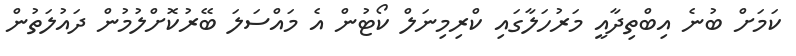
ކަމަށް ބުނެ އިބްތިދާއީ މަރުހަލާގައި ކްރިމިނަލް ކޯޓުން އެ މައްސަލަ ބޭރުކޮށްލުމުން ދައުލަތުން